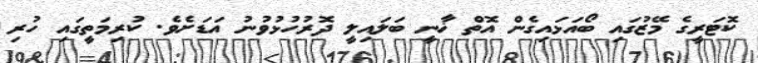
ކޮޓަރީގެ މޭޒުގައި ބޯއަޅައިގެން އޮތް ޚާނީ ބަލައިލީ ދޮރުހުޅުވުނު އަޑަށެވެ. ކުރިމަތީގައި ހުރި